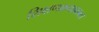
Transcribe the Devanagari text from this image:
शिक्षणक्रमाबाबत